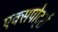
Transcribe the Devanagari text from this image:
एक्सपोर्ट्स